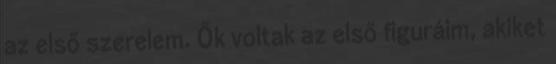
az első szerelem. Ők voltak az első figuráim, akiket